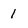
Character: 1